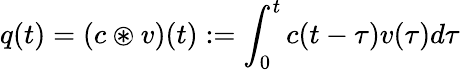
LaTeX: q(t)=(c\circledast v)(t):=\int_{0}^{t}c(t-\tau)v(\tau)d\tau